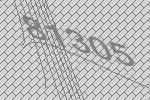
81305